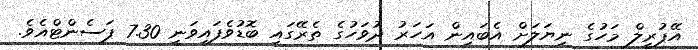
އޭޕުރީލް މަހުގެ ނިޔަލަށް އެބައިން އަހަރު ދުވަހުގެ ތެރޭގައި ބޮޑުވެފައިވަނީ 7.30 ޕަސެންޓްއެވެ.